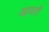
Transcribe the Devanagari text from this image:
आवतौ